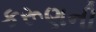
કરૂણની